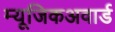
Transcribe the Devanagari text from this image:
म्यूजिकअवार्ड